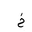
Letter: _kha